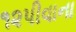
૧૨પીવાના